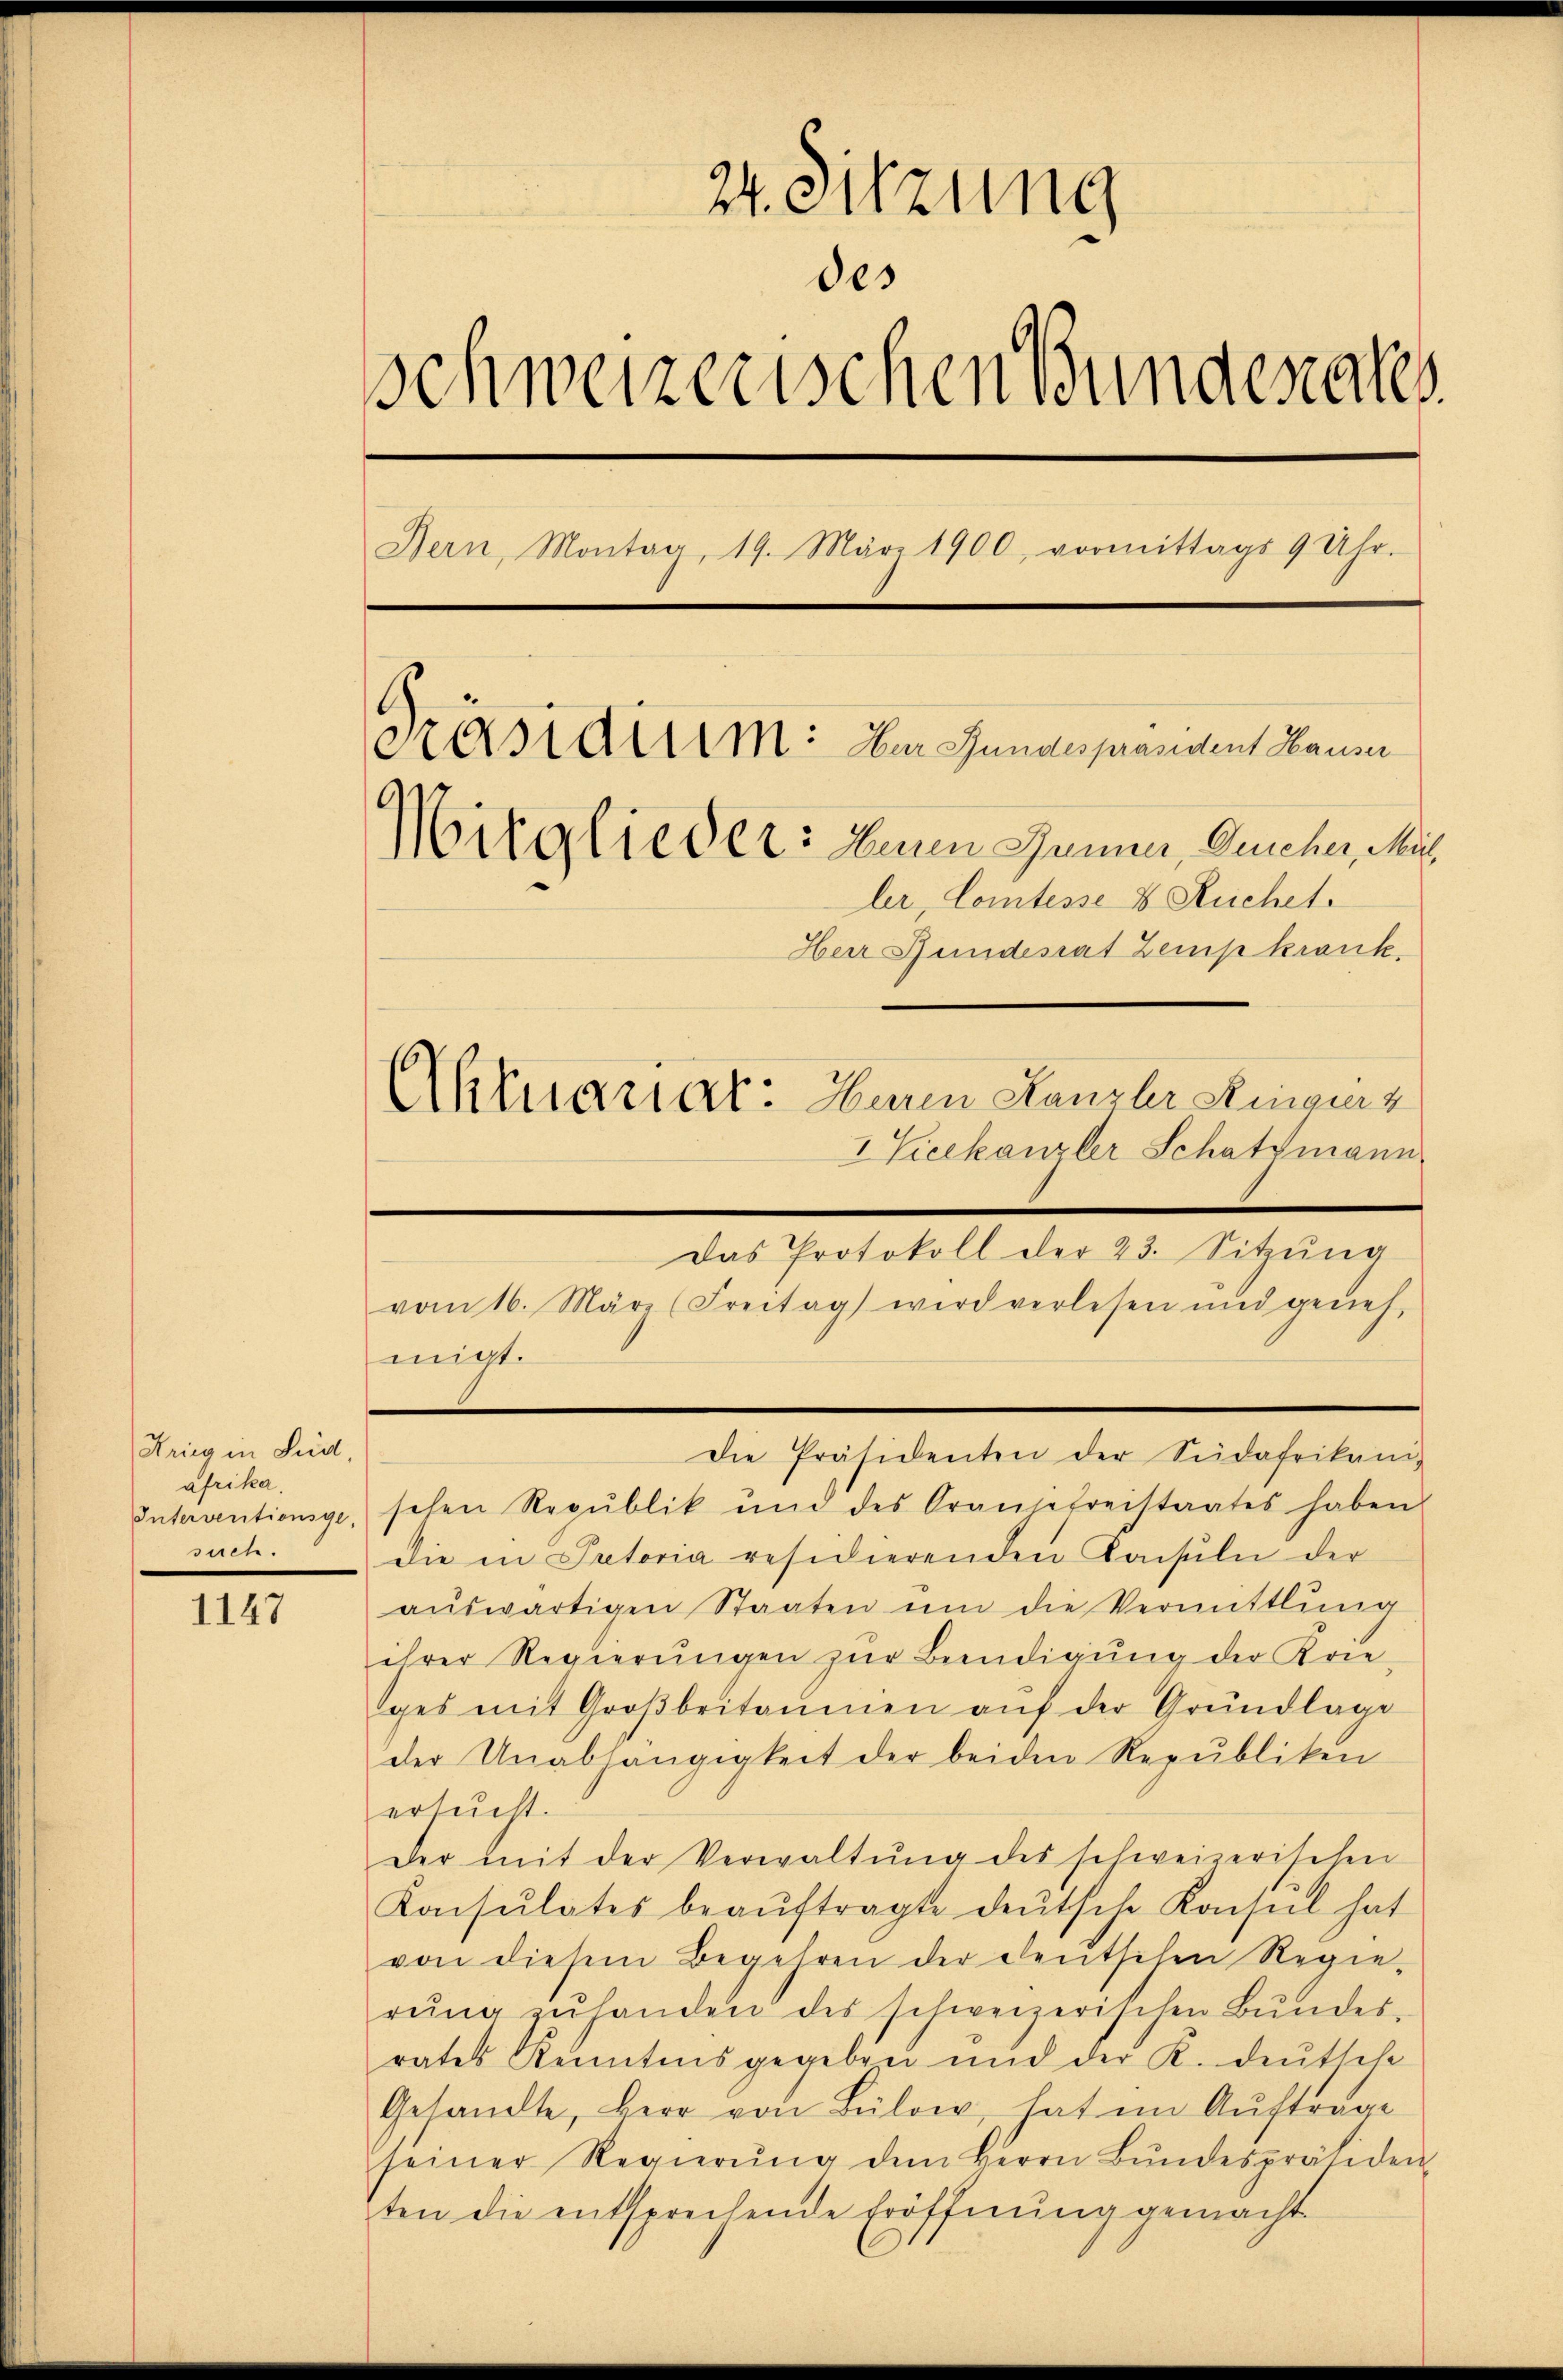
Krieg in Lied,
afrika,
Interventionsge-
such.

1147

24. Sitzung
des
schweizerischen Bundenerkes
Bern, Montag, 19. März 1900, vormittags 9 Uhr.
Präsidium: Der Gundespräsident Hauser
Mitglieder: Einen Jenner, Gescher, Mut
ler, Comtesse 8 Kuchet.
Herr Stundesrat Zemp krank.
Aktuariat: Heren Kanzler Ringerz
" Vicekanzler Schatzmann

vom 16. März (Freitag wird verlesen und geneh-
migt.
schen Republik und des Orangefreistaates haben
die in Patoria residierenden Konsuln der
aŭswärtigen Staaten ŭm die Vermittlung
ihrer Regierŭngen zŭr Beendigŭng der Krie-
iges mit Großbritamen aŭf der Grundlage
der Unabhängigkeit der beiden Republiken
ersucht.
Der mit der Verwaltŭng des schweizerischen
Konsulates beaŭftragte deŭtsche Konsul hat
von diesem Begehren der deutschen Regierŭng zŭ handen des schweizerischen Bŭndes-
rates Kenntnis gegeben und der K. deutsche
Gesandte, Herr von Bülow, hat im Auftrage
seiner Regierŭng dem Herrn Bŭndespräsiden
ten die entsprechende Eröffnung gemacht

Das Protokoll der 23. Sitzŭng

Die Präsidenten der Südafrikani-